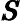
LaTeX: \pmb{S}